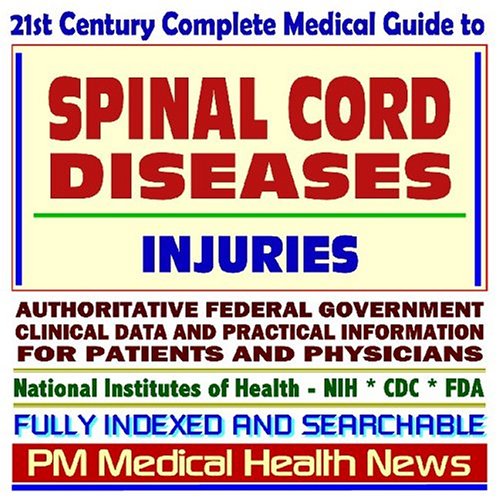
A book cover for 21st Century Complete Medical Guide to Spinal Cord Diseases, Injuries, and Spinal Stenosis: Authoritative Government Documents, Clinical References, ... for Patients and Physicians (CD-ROM); PM Medical Health News; Health, Fitness & Dieting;